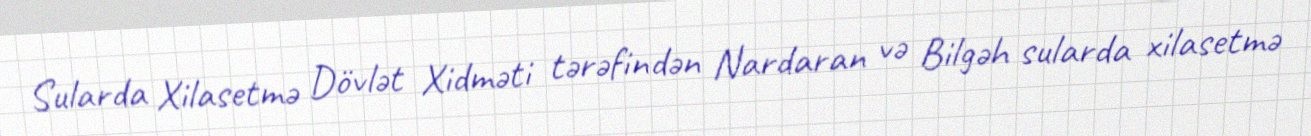
Sularda Xilasetmə Dövlət Xidməti tərəfindən Nardaran və Bilgəh sularda xilasetmə